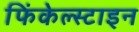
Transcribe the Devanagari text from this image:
फिंकेल्स्टाइन